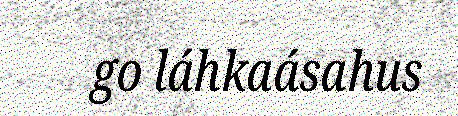
go láhkaásahus